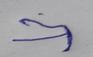
Signature authenticity: forged